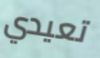
تعيدي